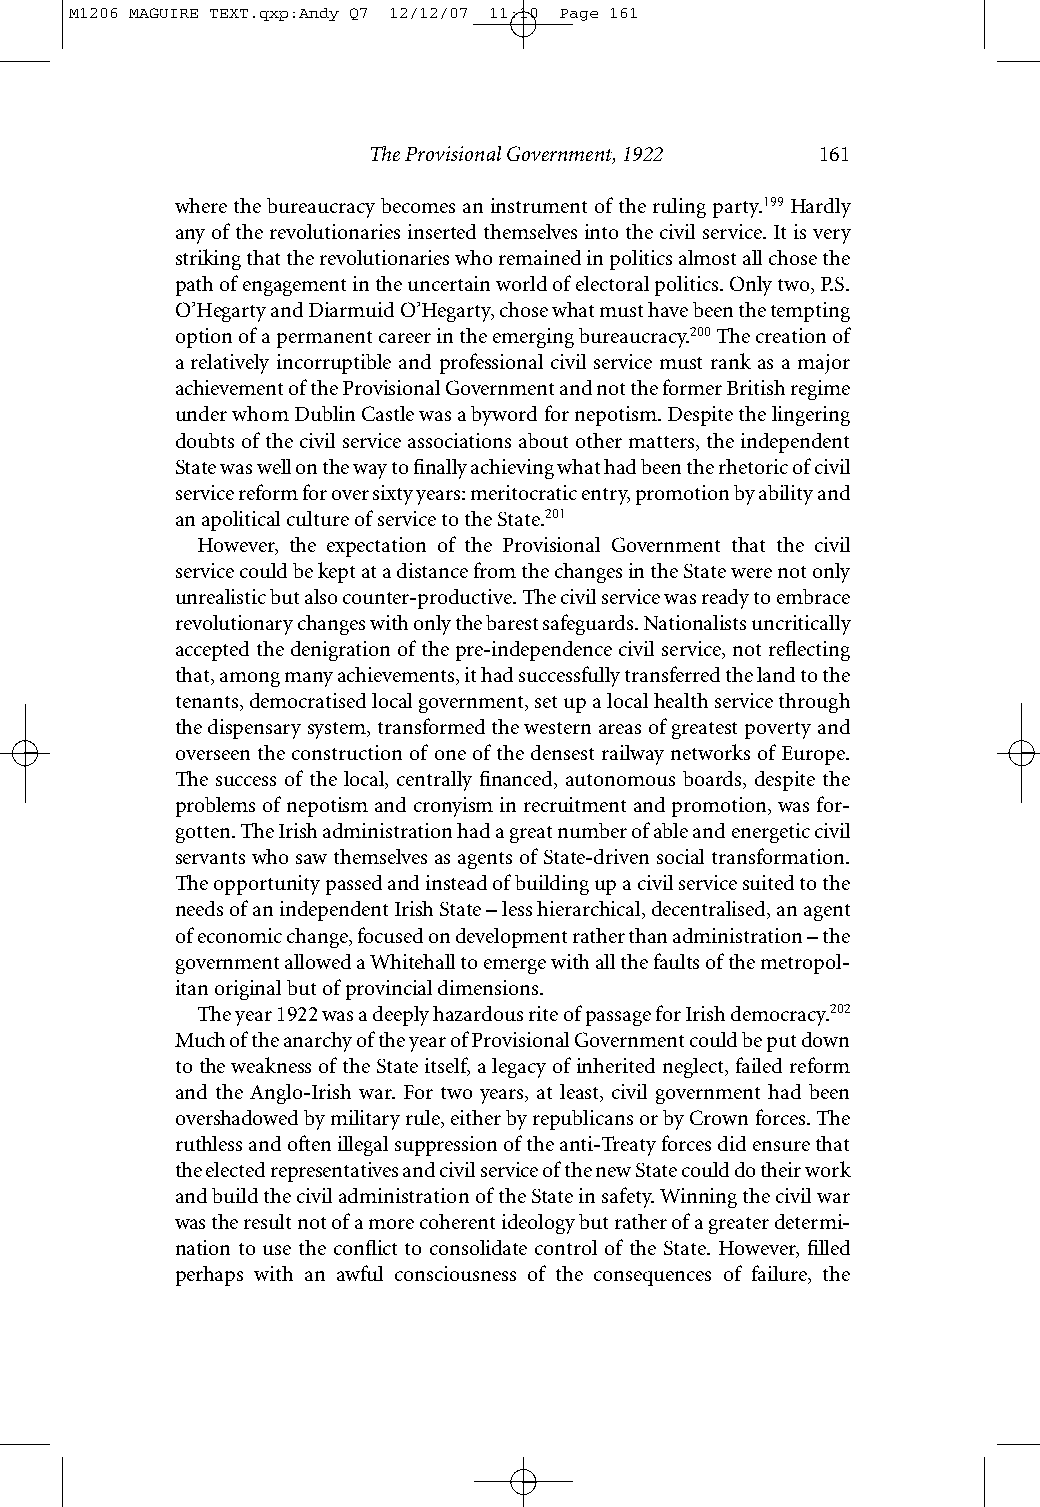
M1206 MAGUIRE TEXT.qxp:Andy Q7 12/12/07 11:10 Page 161
 The Provisional Government, 1922 161
 where the bureaucracy becomes an instrument of the ruling party.199Hardly
 any of the revolutionaries inserted themselves into the civil service. It is very
 striking that the revolutionaries who remained in politics almost all chose the
 path of engagement in the uncertain world of electoral politics. Only two, P.S.
 O’Hegarty and Diarmuid O’Hegarty, chose what must have been the tempting
 option of a permanent career in the emerging bureaucracy.200The creation of
 a relatively incorruptible and professional civil service must rank as a major
 achievement of the Provisional Government and not the former British regime
 under whom Dublin Castle was a byword for nepotism. Despite the lingering
 doubts of the civil service associations about other matters, the independent
 State was well on the way to finally achieving what had been the rhetoric of civil
 service reform for over sixty years: meritocratic entry, promotion by ability and
 an apolitical culture of service to the State.201
 However, the expectation of the Provisional Government that the civil
 service could be kept at a distance from the changes in the State were not only
 unrealistic but also counter-productive. The civil service was ready to embrace
 revolutionary changes with only the barest safeguards. Nationalists uncritically
 accepted the denigration of the pre-independence civil service, not reflecting
 that, among many achievements, it had successfully transferred the land to the
 tenants, democratised local government, set up a local health service through
 the dispensary system, transformed the western areas of greatest poverty and
 overseen the construction of one of the densest railway networks of Europe.
 The success of the local, centrally financed, autonomous boards, despite the
 problems of nepotism and cronyism in recruitment and promotion, was for-
 gotten. The Irish administration had a great number of able and energetic civil
 servants who saw themselves as agents of State-driven social transformation.
 The opportunity passed and instead of building up a civil service suited to the
 needs of an independent Irish State – less hierarchical, decentralised, an agent
 of economic change, focused on development rather than administration – the
 government allowed a Whitehall to emerge with all the faults of the metropol-
 itan original but of provincial dimensions.
 The year 1922 was a deeply hazardous rite of passage for Irish democracy.202
 Much of the anarchy of the year of Provisional Government could be put down
 to the weakness of the State itself, a legacy of inherited neglect, failed reform
 and the Anglo-Irish war. For two years, at least, civil government had been
 overshadowed by military rule, either by republicans or by Crown forces. The
 ruthless and often illegal suppression of the anti-Treaty forces did ensure that
 the elected representatives and civil service of the new State could do their work
 and build the civil administration of the State in safety. Winning the civil war
 was the result not of a more coherent ideology but rather of a greater determi-
 nation to use the conflict to consolidate control of the State. However, filled
 perhaps with an awful consciousness of the consequences of failure, the